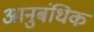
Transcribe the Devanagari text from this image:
आनुबंधिक